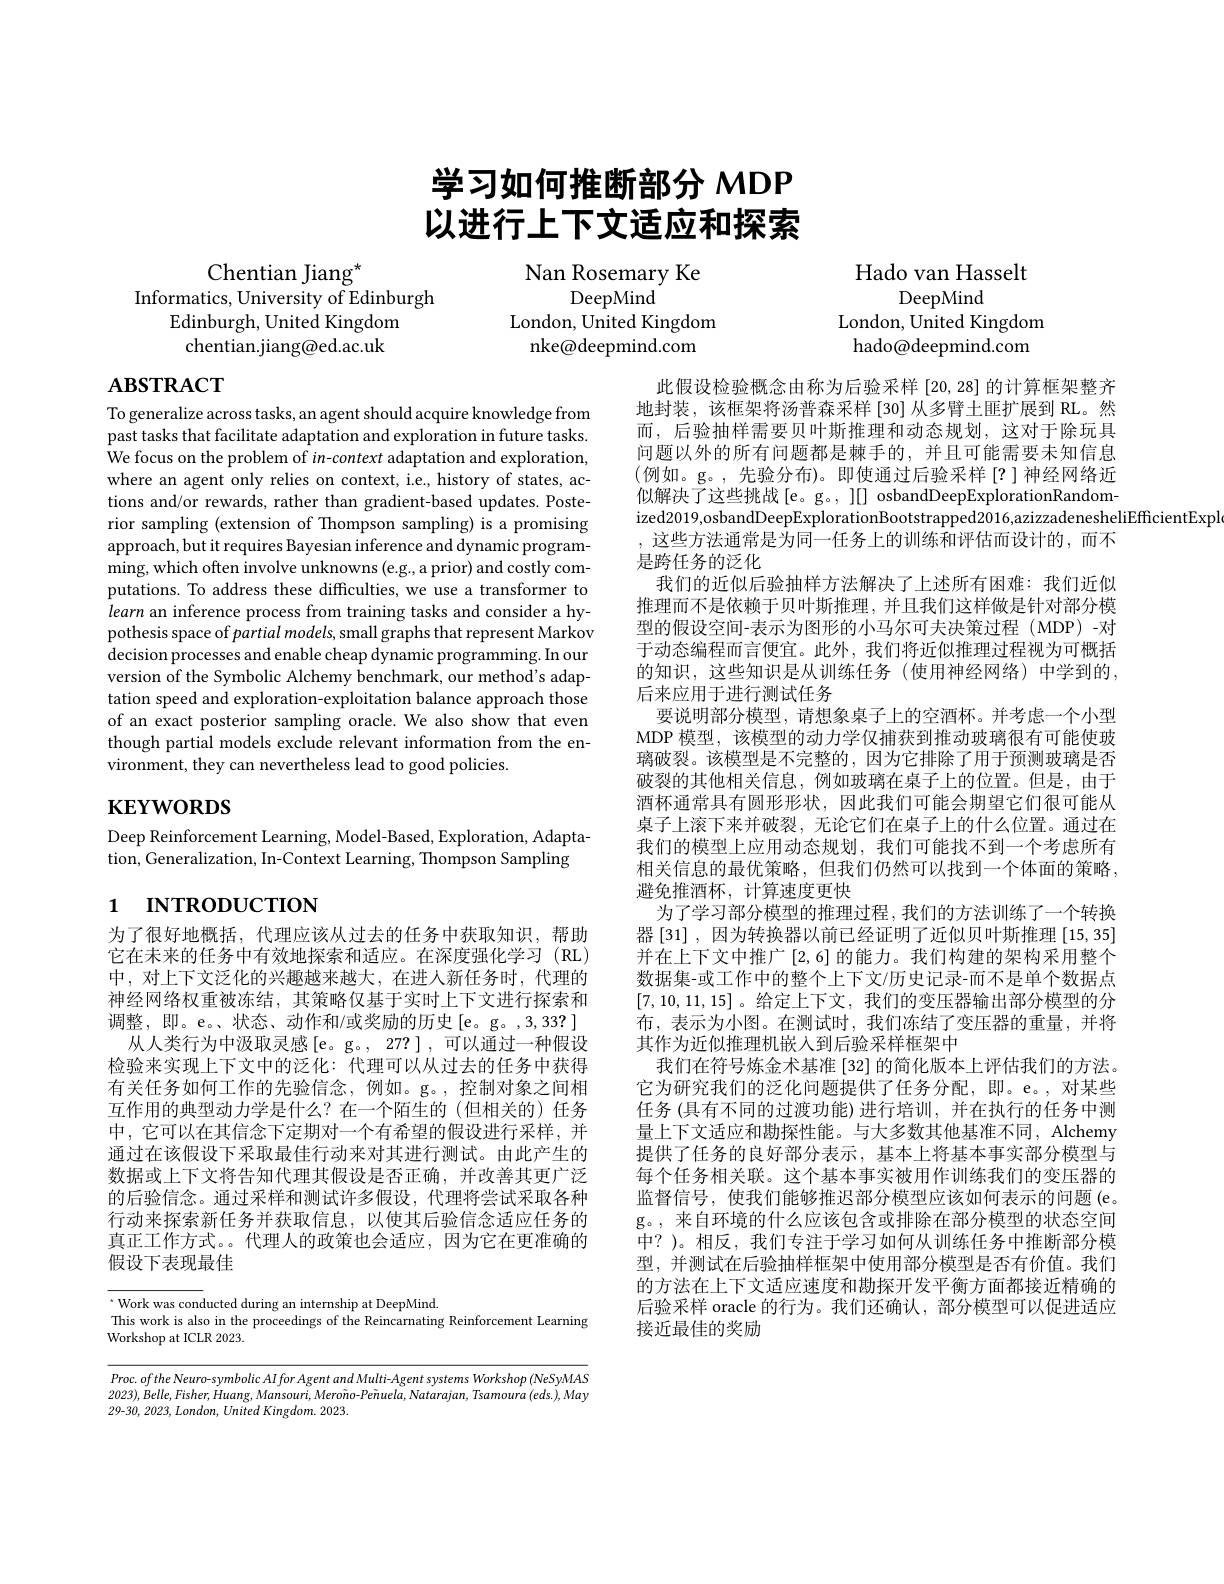
# 学习如何推断部分 MDP 以进行上下文适应和探索

## Hado van Hasselt

Nan Rosemary Ke

Chentian Jiang$^{\star}$
Informatics, University of Edinburgh
Edinburgh, United Kingdom chentian.jiang@ed.ac.uk

DeepMind
London, United Kingdom
nke@ deepmind. com

DeepMind
London, United Kingdom hado@deepmind.com

# $\mathbf{ABSTRACT}$

To generalize across tasks, an agent should acquire knowledge from past tasks that facilitate adaptation and exploration in future tasks. We focus on the problem of $in$-context adaptation and exploration, where an agent only relies on context, i.e., history of states, actions and/or rewards, rather than gradient-based updates. Posterior sampling (extension of Thompson sampling) is a promising approach, but it requires Bayesian inference and dynamic programming, which often involve unknowns (e.g., a prior) and costly computations. To address these difficulties, we use a transformer to learn an inference process from training tasks and consider a hypothesis space of partial models, small graphs that represent Markov decision processes and enable cheap dynamic programming. In our version of the Symbolic Alchemy benchmark, our method's adaptation speed and exploration-exploitation balance approach those of an exact posterior sampling oracle. We also show that even though partial models exclude relevant information from the environment, they can nevertheless lead to good policies.

# $\mathbf{KEYWORDS}$

Deep Reinforcement Learning, Model-Based, Exploration, Adapta-
tion, Generalization, In-Context Learning, Thompson Sampling

此假设检验概念由称为后验采样[20,28]的计算框架整齐地封装，该框架将汤普森采样[30]从多臂土匪扩展到 RL。然而，后验抽样需要贝叶斯推理和动态规划，这对于除玩具问题以外的所有问题都是棘手的，并且可能需要未知信息(例如。g。,先验分布)。即使通过后验采样[?]神经网络近似解决了这些挑战[e。g。, ][] osbandDeepExplorationRandomized2019,osbandDeepExplorationBootstrapped2016,azizzadenesheliEfficientExpl
,这些方法通常是为同一任务上的训练和评估而设计的，而不
是跨任务的泛化
我们的近似后验抽样方法解决了上述所有困难：我们近似推理而不是依赖于贝叶斯推理，并且我们这样做是针对部分模型的假设空间-表示为图形的小马尔可夫决策过程(MDP)-对于动态编程而言便宜。此外，我们将近似推理过程视为可概括的知识，这些知识是从训练任务(使用神经网络)中学到的， 后来应用于进行测试任务
要说明部分模型，请想象桌子上的空酒杯。并考虑一个小型MDP 模型，该模型的动力学仅捕获到推动玻璃很有可能使玻璃破裂。该模型是不完整的，因为它排除了用于预测玻璃是否破裂的其他相关信息，例如玻璃在桌子上的位置。但是，由于酒杯通常具有圆形形状，因此我们可能会期望它们很可能从桌子上滚下来并破裂，无论它们在桌子上的什么位置。通过在我们的模型上应用动态规划，我们可能找不到一个考虑所有相关信息的最优策略，但我们仍然可以找到一个体面的策略， 避免推酒杯，计算速度更快
为了学习部分模型的推理过程，我们的方法训练了一个转换器 [31] , 因为转换器以前已经证明了近似贝叶斯推理 [15, 35] 并在上下文中推广[2,6] 的能力。我们构建的架构采用整个数据集-或工作中的整个上下文/历史记录-而不是单个数据点[7,10,11,15]。给定上下文，我们的变压器输出部分模型的分布，表示为小图。在测试时，我们冻结了变压器的重量，并将其作为近似推理机嵌入到后验采样框架中
我们在符号炼金术基准 [32] 的简化版本上评估我们的方法。它为研究我们的泛化问题提供了任务分配，即。e。,对某些任务 (具有不同的过渡功能)进行培训，并在执行的任务中测量上下文适应和勘探性能。与大多数其他基准不同，Alchemy 提供了任务的良好部分表示，基本上将基本事实部分模型与每个任务相关联。这个基本事实被用作训练我们的变压器的监督信号，使我们能够推迟部分模型应该如何表示的问题(e。g。, 来自环境的什么应该包含或排除在部分模型的状态空间中？)。相反，我们专注于学习如何从训练任务中推断部分模型，并测试在后验抽样框架中使用部分模型是否有价值。我们的方法在上下文适应速度和勘探开发平衡方面都接近精确的后验采样 oracle 的行为。我们还确认，部分模型可以促进适应接近最佳的奖励

# 1 пткористıon

为了很好地概括，代理应该从过去的任务中获取知识，帮助它在未来的任务中有效地探索和适应。在深度强化学习(RL) 中，对上下文泛化的兴趣越来越大，在进人新任务时，代理的神经网络权重被冻结，其策略仅基于实时上下文进行探索和调整，即。e。、状态、动作和/或奖励的历史[e。g。,3,33?] 从人类行为中汲取灵感[e。g。, 27?], 可以通过一种假设检验来实现上下文中的泛化：代理可以从过去的任务中获得有关任务如何工作的先验信念，例如。g。,控制对象之间相互作用的典型动力学是什么？在一个陌生的(但相关的)任务中，它可以在其信念下定期对一个有希望的假设进行采样，并通过在该假设下采取最佳行动来对其进行测试。由此产生的数据或上下文将告知代理其假设是否正确，并改善其更广泛的后验信念。通过采样和测试许多假设，代理将尝试采取各种行动来探索新任务并获取信息，以使其后验信念适应任务的真正工作方式。代理人的政策也会适应，因为它在更准确的假设下表现最佳

$^{\cdot}$Work was conducted during an internship at DeepMind.
This work is also in the proceedings of the Reincarnating Reinforcement Learning
Workshop at ICLR 2023.

$Proc.ofthe$ Neuro-symbolic AIfor Agent and Multi-Agent systems Workshop (NeSyMAS $2023),\ddot{B}elle,Fisher,\tilde{H}uang,Mansouri,Mero\tilde{n}o-Pe\tilde{n}uela,Natarajan,Tsamoura(eds.),May$ 29-30, 2023, London, United Kingdom. 2023.